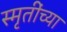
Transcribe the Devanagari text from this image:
स्मृतींच्या